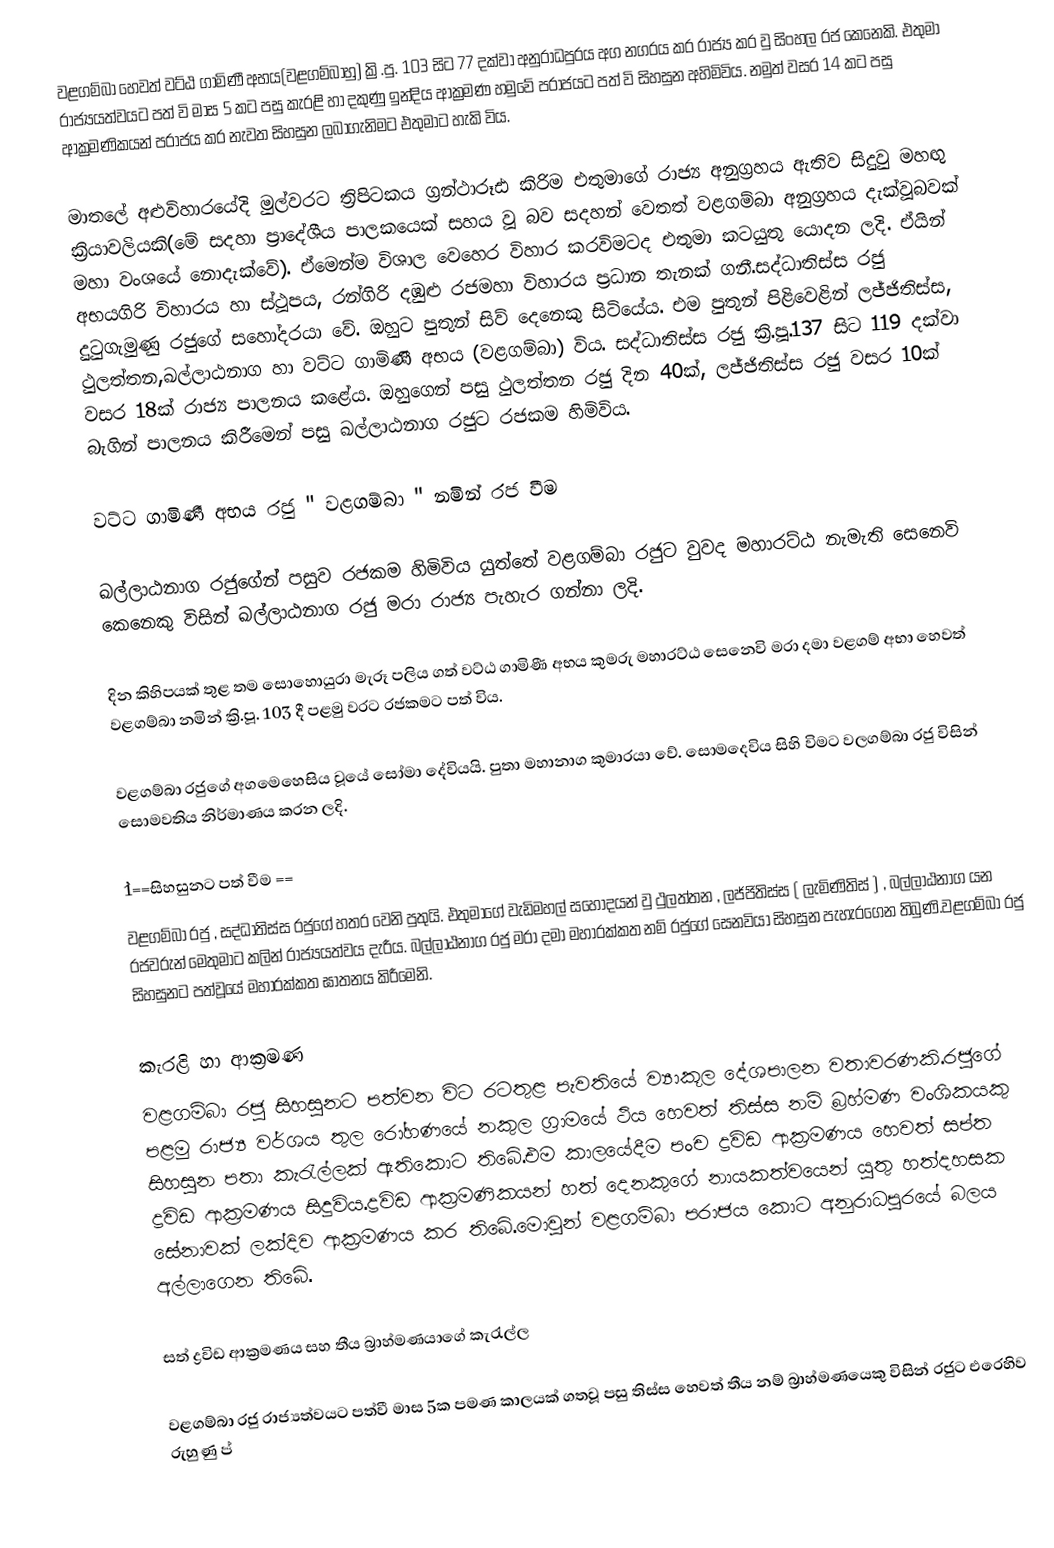
වළගම්බා හෙවත්  වට්ඨ ගාමිණී අභය(වළගම්බාහු) ක්‍රි.පු. 103 සිට 77 දක්වා අනුරාධපුරය අග නගරය කර රාජ්‍ය කර වු සිංහල රජ කෙනෙකි.  එතුමා රාජ්‍යයත්වයට පත් වි මාස 5 කට පසු කැරළි හා දකුණු ඉන්දිය ආක්‍රමණ හමුවේ පරාජයට පත් වි සිහසුන අහිමිවිය.  නමුත් වසර 14 කට පසු ආක්‍රමණිකයන් පරාජය කර නැවත සිහසුන ලබාගැනිමට එතුමාට හැකි විය.

මාතලේ අළුවිහාරයේදි  මුල්වරට ත්‍රිපිටකය ග්‍රන්ථාරූඪ කිරිම එතුමාගේ රාජ්‍ය අනුග්‍රහය ඇතිව සිදුවු මහඟු ක්‍රියාවලියකි(මේ සදහා ප්‍රාදේශීය පාලකයෙක් සහය වූ බව සදහන් වෙතත් වළගම්බා අනුග්‍රහය දැක්වූබවක් මහා වංශයේ නොදැක්වේ). ඒමෙන්ම විශාල වෙහෙර විහාර කරවිමටද එතුමා කටයුතු යොදන ලදි.  ඒයින් අභයගිරි විහාරය හා ස්ථූපය, රන්ගිරි දඹුළු රජමහා විහාරය ප්‍රධාන තැනක් ගනී.සද්ධාතිස්ස රජු දුටුගැමුණු රජුගේ සහෝදරයා වේ. ඔහුට පුතුන් සිව් දෙනෙකු සිටියේය. එම පුතුන් පිළිවෙළින් ලජ්ජිතිස්ස, ථුලත්තන,ඛල්ලාඨනාග හා වට්ට ගාමිණී අභය (වළගම්බා) විය. සද්ධාතිස්ස රජු ක්‍රි.පූ.137 සිට 119 දක්වා වසර 18ක් රාජ්‍ය පාලනය කළේය. ඔහුගෙන් පසු ථුලත්තන රජු දින 40ක්, ලජ්ජිතිස්ස රජු වසර 10ක් බැගින් පාලනය කිරීමෙන් පසු ඛල්ලාඨනාග රජුට රජකම හිමිවිය.

වට්ට ගාමිණී අභය රජු " වළගම්බා " නමින් රජ වීම

ඛල්ලාඨනාග රජුගේන් පසුව රජකම හිමිවිය යුත්තේ වළගම්බා රජුට වුවද මහාරට්ඨ නැමැති සෙනෙවි කෙනෙකු විසින් ඛල්ලාඨනාග රජු මරා රාජ්‍ය පැහැර ගන්නා ලදි.

දින කිහිපයක් තුළ තම සොහොයුරා මැරූ පලිය ගත් වට්ඨ ගාමිණී අභය කුමරු මහාරට්ඨ සෙනෙවි මරා දමා වළගම් අභා හෙවත් වළගම්බා නමින් ක්‍රි.පූ. 103 දී පළමු වරට රජකමට පත් විය.

වළගම්බා රජුගේ අගමෙහෙසිය වූයේ සෝමා දේවියයි. පුතා මහානාග කුමාරයා වේ. සොමදෙවිය සිහි විමට වලගම්බා රජු විසින් සොමවතිය නිර්මාණය කරන ලදි.

`1==සිහසුනට පත් වීම ==
වළගම්බා රජු , සද්ධාතිස්ස රජුගේ හතර වෙනි පුතුයි. එතුමාගේ වැඩිමහල් සහෝදයන් වු ථුලත්තන , ලජ්ජිතිස්ස ( ලැමිණිතිස් ) , බල්ලාඨනාග යන රජවරුන් මෙතුමාට කලින් රාජ්‍යයත්වය දැරීය. බල්ලාඨනාග රජු මරා දමා මහාරක්කත නම් රජුගේ සෙනවියා සිහසුන පැහැරගෙන තිබුණි.වළගම්බා රජු සිහසුනට පත්වූයේ මහාරක්කත ඝාතනය කිරීමෙනි.

කැරළි හා ආක්‍රමණ
වළගම්බා රජු සිහසුනට පත්වන විට රටතුළ පැවතියේ ව්‍යාකූල දේශපාලන වතාවරණකි.රජුගේ පළමු රාජ්‍ය වර්ශය තුල රෝහණයේ නකුල ග්‍රාමයේ ථිය හෙවත් තිස්ස නම් බ්‍රහ්මණ වංශිකයකු  සිහසුන පතා කැරැල්ලක් ඇතිකොට තිබේ.එම කාලයේදීම පංච ද්‍රවිඩ ආක්‍රමණය හෙවත් සප්ත ද්‍රවිඩ ආක්‍රමණය සිදුවිය.ද්‍රවිඩ ආක්‍රමණිකයන් හත් දෙනකුගේ නායකත්වයෙන් යුතු හත්දහසක සේනාවක් ලක්දිව ආක්‍රමණය කර තිබේ.මොවුන් වළගම්බා පරාජය කොට අනුරාධපුරයේ බලය අල්ලාගෙන තිබේ.

සත් ද්‍රවිඩ ආක්‍රමණය සහ තීය බ්‍රාහ්මණයාගේ කැරැල්ල

වළගම්බා රජු රාජ්‍යත්වයට පත්වී මාස 5ක පමණ කාලයක් ගතවූ පසු තිස්ස හෙවත් තීය නම් බ්‍රාහ්මණයෙකු විසින් රජුට එරෙහිව රුහුණු ප්